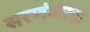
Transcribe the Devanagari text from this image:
सरणंकरचा